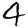
Digit: 4